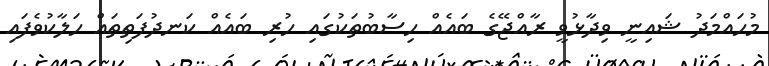
މުހައްމަދު ޝައިނީ ވިދާޅުވީ ރާއްޖޭގެ ބައެއް ހިސާބުތަކުގައި ހުރި ބައެއް ކަނދުފަތިތައް ހަލާކުވެފައި